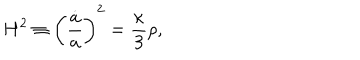
H ^ { 2 } \equiv \biggl ( \frac { \dot { a } } { a } \biggr ) ^ { 2 } = \frac { \kappa } { 3 } \rho ,